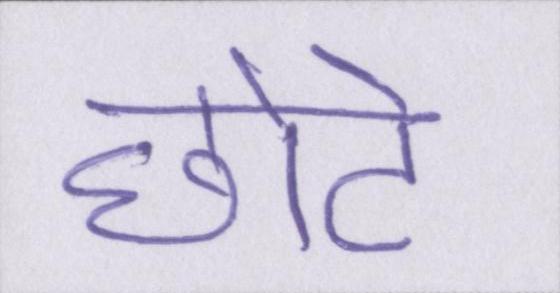
छोटे